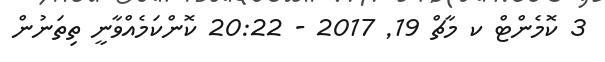
3 ކޮމެންޓް ކ މާޗް 19